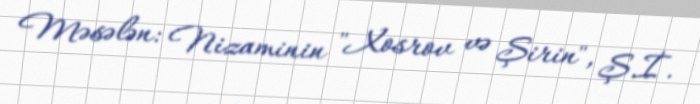
Məsələn: Nizaminin "Xosrov və Şirin", Ş.İ.